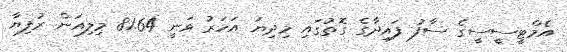
އެމްޓީސީސީގެ ސާފު ފައިދާގެ ގޮތުގައި މިދިޔަ އަހަރު ވަނީ 81.64 މިލިއަން ރުފިޔާ